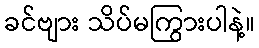
ခင်ဗျား သိပ်မကြွားပါနဲ့။